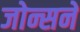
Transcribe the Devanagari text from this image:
जोन्सने